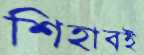
শিহাবই